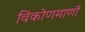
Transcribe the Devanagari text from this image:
विकोणमाणों